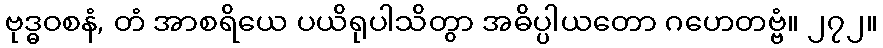
ဗုဒ္ဓဝစနံ, တံ အာစရိယေ ပယိရုပါသိတွာ အဓိပ္ပါယတော ဂဟေတဗ္ဗံ။ ၂၇၂။